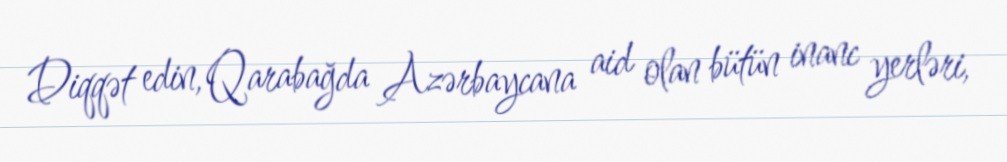
Diqqət edin, Qarabağda Azərbaycana aid olan bütün inanc yerləri,